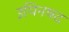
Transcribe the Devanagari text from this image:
उपिनषद